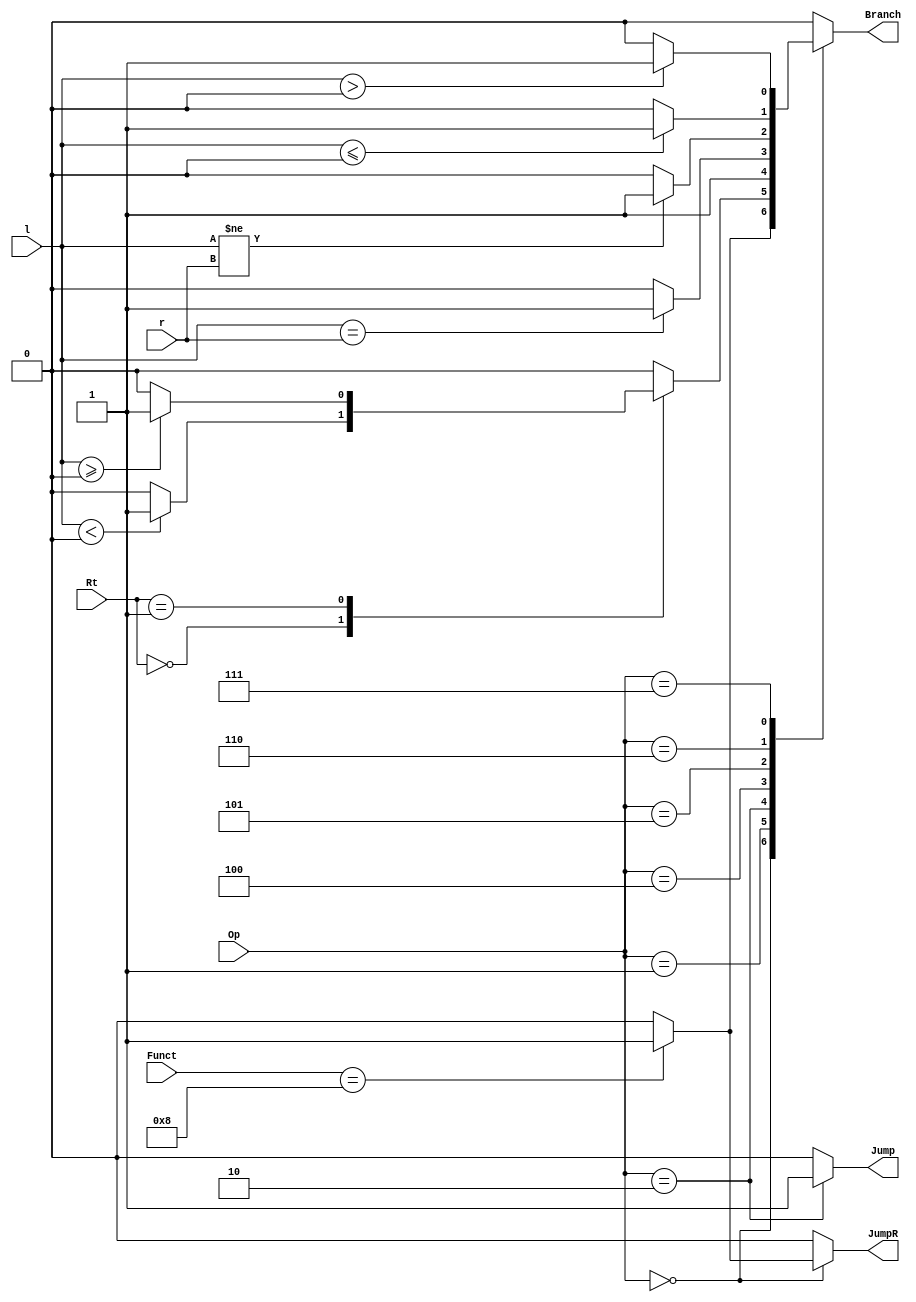
`timescale 1ns / 1ps
module BranchUnit(
	input [5:0] Op,
	input [4:0] Rt,
	input [5:0] Funct,
	input [31:0] l,
	input [31:0] r,
	output reg Jump,
	output reg JumpR,
	output reg Branch
);
initial	
begin
	Branch = 0;
	JumpR = 0;
	Jump = 0;
end
always@(*)
case(Op)
	6'h0:
		case(Funct)
			//bubble
			6'h0:
				begin
					Branch = 0;
					JumpR = 0;
					Jump = 0;
				end
			//jr
			6'h8:
				begin
					Branch = 1;
					JumpR = 1;
					Jump = 0;
				end
			default:
				begin
					Branch = 0;
					JumpR = 0;
					Jump = 0;
				end
		endcase
	6'h1:
		case(Rt)
			//bltz
			5'h0:
				if($signed(l) < 0)
					begin
						Branch = 1;
						JumpR = 0;
					Jump = 0;
					end
				else
					begin
						Branch = 0;
						JumpR = 0;
						Jump = 0;
					end
			//bgez
			5'h1:
				if($signed(l) >= 0)
					begin
						Branch = 1;
						JumpR = 0;
						Jump = 0;
					end
				else
					begin
						Branch = 0;
						JumpR = 0;
						Jump = 0;
					end
			default:
				begin
					Branch = 0;
					JumpR = 0;
					Jump = 0;
				end
		endcase
	//j
	6'h2:
		begin
			Branch = 1;
			JumpR = 0;
			Jump = 1;
		end
	//beq
	6'h4:
		if($signed(l) == $signed(r))
			begin
				Branch = 1;
				JumpR = 0;
				Jump = 0;
			end
		else
			begin
				Branch = 0;
				JumpR = 0;
				Jump = 0;
			end
	//bne
	6'h5:
		if($signed(l) != $signed(r))
			begin
				Branch = 1;
				JumpR = 0;
				Jump = 0;
			end
		else
			begin
				Branch = 0;
				JumpR = 0;
				Jump = 0;
			end
	//blez
	6'h6:
		if($signed(l) <= 0)
			begin
				Branch = 1;
				JumpR = 0;
				Jump = 0;
			end
		else
			begin
				Branch = 0;
				JumpR = 0;
				Jump = 0;
			end
	//bgtz
	6'h7:
		if($signed(l) > 0)
			begin
				Branch = 1;
				JumpR = 0;
				Jump = 0;
			end
		else
			begin
				Branch = 0;
				JumpR = 0;
				Jump = 0;
			end
	default:
		begin
			Branch = 0;
			JumpR = 0;
			Jump = 0;
		end
endcase

endmodule